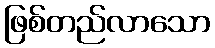
ဖြစ်တည်လာသော